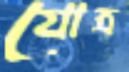
যোত্র